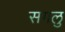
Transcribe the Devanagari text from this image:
सगलु